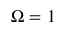
\Omega = 1